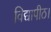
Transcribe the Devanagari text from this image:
विद्यापीठ।